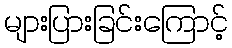
များပြားခြင်းကြောင့်